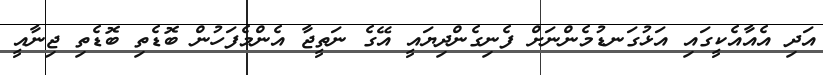
އަދި އެއާއެކީގައި އަޅުގަނޑުމެންނަށް ފެނިގެންދިޔައީ އޭގެ ނަތީޖާ އެންމެފަހުން ބޮޑެތި ބޮޑެތި ޖިނާއީ